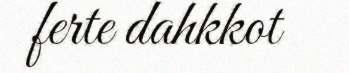
ferte dahkkot